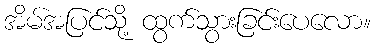
အိမ်အပြင်သို့ ထွက်သွားခြင်းပေလော။